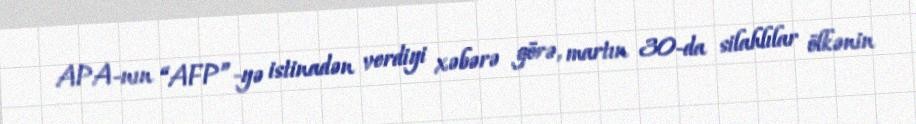
APA-nın “AFP”-yə istinadən verdiyi xəbərə görə, martın 30-da silahlılar ölkənin